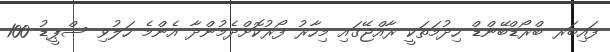
ފައިބަރ ބްރޯޑްބޭންޑް ހިދުމަތަކީ ރާއްޖޭގައި މިހާރު ފޯރުކޮށްދެމުންދާ އެންމެ ހަލުވި ސްޕީޑު 100